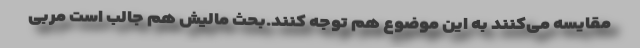
مقایسه می‌کنند به این موضوع هم توجه کنند.بحث مالیش هم جالب است مربی